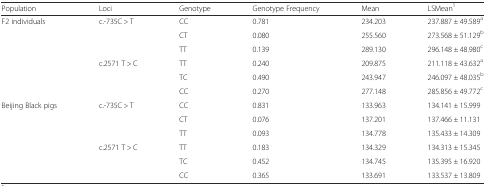
<table><thead><tr><td><b>Population</b></td><td><b>Loci</b></td><td><b>Genotype</b></td><td><b>Genotype Frequency</b></td><td><b>Mean</b></td><td><b>LSMean<sup>1</sup></b></td></tr></thead><tbody><tr><td rowspan="6">F2 individuals</td><td rowspan="3">c.-735C &gt; T</td><td>CC</td><td>0.781</td><td>234.203</td><td>237.887 ± 49.589<sup>a</sup></td></tr><tr><td>CT</td><td>0.080</td><td>255.560</td><td>273.568 ± 51.129<sup>b</sup></td></tr><tr><td>TT</td><td>0.139</td><td>289.130</td><td>296.148 ± 48.980<sup>c</sup></td></tr><tr><td rowspan="3">c.2571 T &gt; C</td><td>TT</td><td>0.240</td><td>209.875</td><td>211.118 ± 43.632<sup>a</sup></td></tr><tr><td>TC</td><td>0.490</td><td>243.947</td><td>246.097 ± 48.035<sup>b</sup></td></tr><tr><td>CC</td><td>0.270</td><td>277.148</td><td>285.856 ± 49.772<sup>c</sup></td></tr><tr><td rowspan="6">Beijing Black pigs</td><td rowspan="3">c.-735C &gt; T</td><td>CC</td><td>0.831</td><td>133.963</td><td>134.141 ± 15.999</td></tr><tr><td>CT</td><td>0.076</td><td>137.201</td><td>137.466 ± 11.131</td></tr><tr><td>TT</td><td>0.093</td><td>134.778</td><td>135.433 ± 14.309</td></tr><tr><td rowspan="3">c.2571 T &gt; C</td><td>TT</td><td>0.183</td><td>134.329</td><td>134.313 ± 15.345</td></tr><tr><td>TC</td><td>0.452</td><td>134.745</td><td>135.395 ± 16.920</td></tr><tr><td>CC</td><td>0.365</td><td>133.691</td><td>133.537 ± 13.809</td></tr></tbody></table>